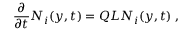
\frac { \partial } { \partial t } { \cal N } _ { i } ( y , t ) = Q { \cal L } { \cal N } _ { i } ( y , t ) \; ,